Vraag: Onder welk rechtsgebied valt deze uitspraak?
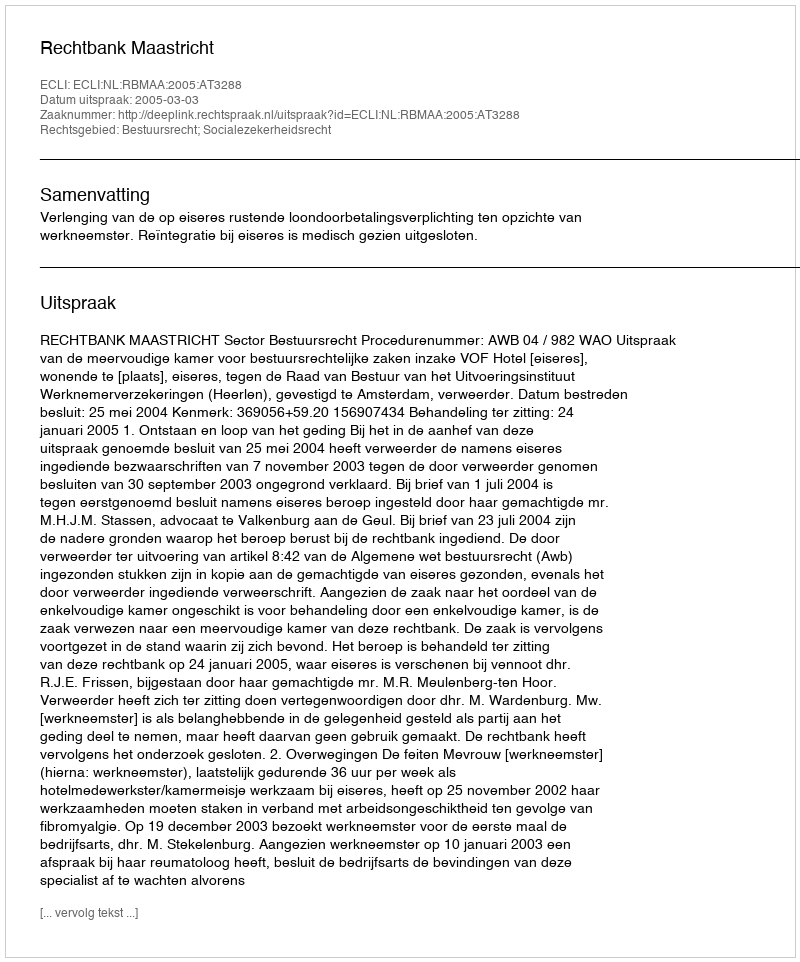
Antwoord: Bestuursrecht; Socialezekerheidsrecht